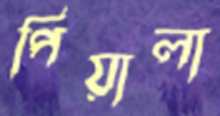
পিয়ালা